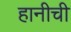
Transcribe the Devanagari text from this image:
हानीची